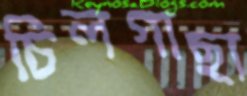
চিলগাছা